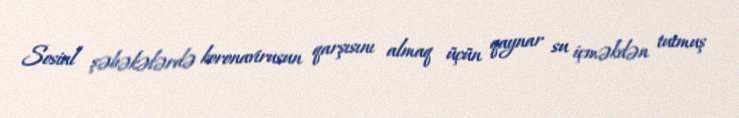
Sosial şəbəkələrdə koronavirusun qarşısını almaq üçün qaynar su içməkdən tutmuş